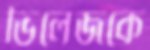
ভিলেজকে